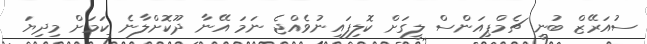
ސުއަރޭޒް ބުނީ ޗެމްޕިއަންސް ލީގަށް ކޮލިފައިނުވެއްޖެ ނަމަ އޭނާ ދޫކޮށްލާނެ ކަމަށް މިދިޔަ